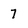
Character: 7